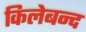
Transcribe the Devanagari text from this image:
किलेबन्द